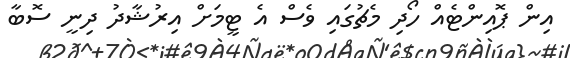
އިން ޕޮއިންޓެއް ހޯދި މެޗުގައި ވެސް އެ ޓީމަށް އިރުޝާދު ދިނީ ސޮބާ